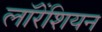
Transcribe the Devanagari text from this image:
लॉरेंशियन